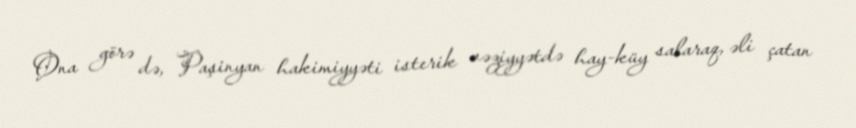
Ona görə də, Paşinyan hakimiyyəti isterik vəziyyətdə hay-küy salaraq, əli çatan